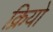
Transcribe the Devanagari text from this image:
क्रियो